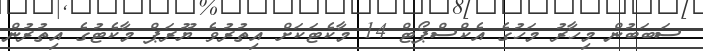
ސަބަބުން މިހާރު މަހުގެ އެކްސްޕޯޓް 14 މާކެޓަކަށް އިތުރުވެ ޔޫރަޕް މާކެޓުގެ އިތުރުން